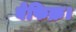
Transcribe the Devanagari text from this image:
बेफिक्र।